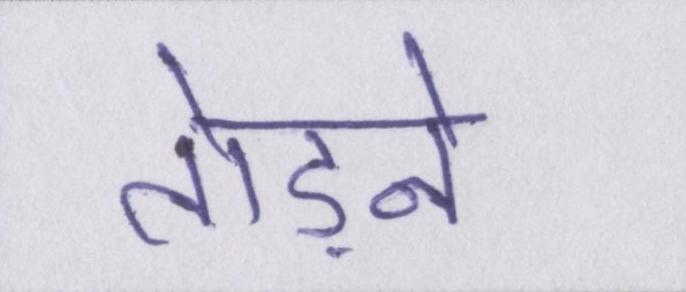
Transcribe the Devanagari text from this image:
तोड़ने